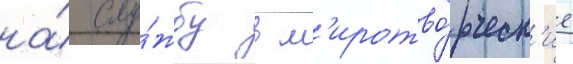
на́ слу́жбу в м'иротво́рческ'ие